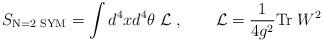
LaTeX: \begin{align*} S_{\mbox{\scriptsize N=2 SYM}} =\int d^4xd^4\theta\; {\cal L} \;, \qquad {\cal L} = \frac{1}{4g^2} {\rm Tr}\;W^2\end{align*}